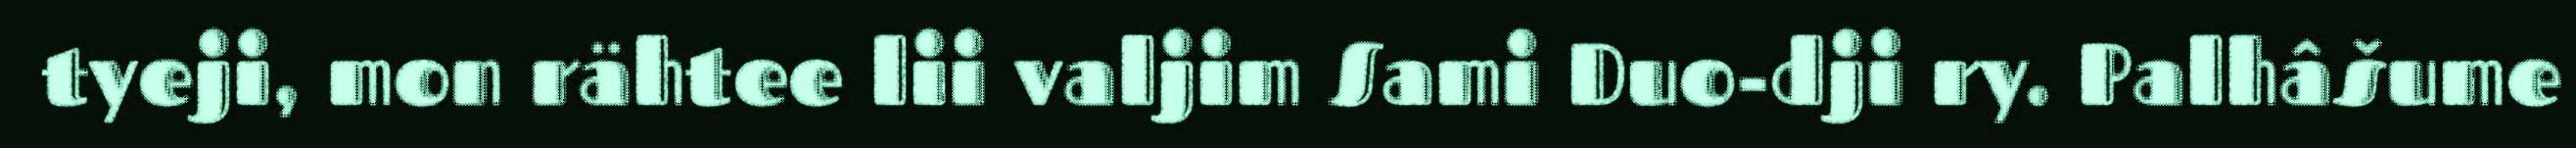
tyeji, mon rähtee lii valjim Sami Duo-dji ry. Palhâšume